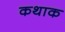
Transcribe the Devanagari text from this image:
कथाक